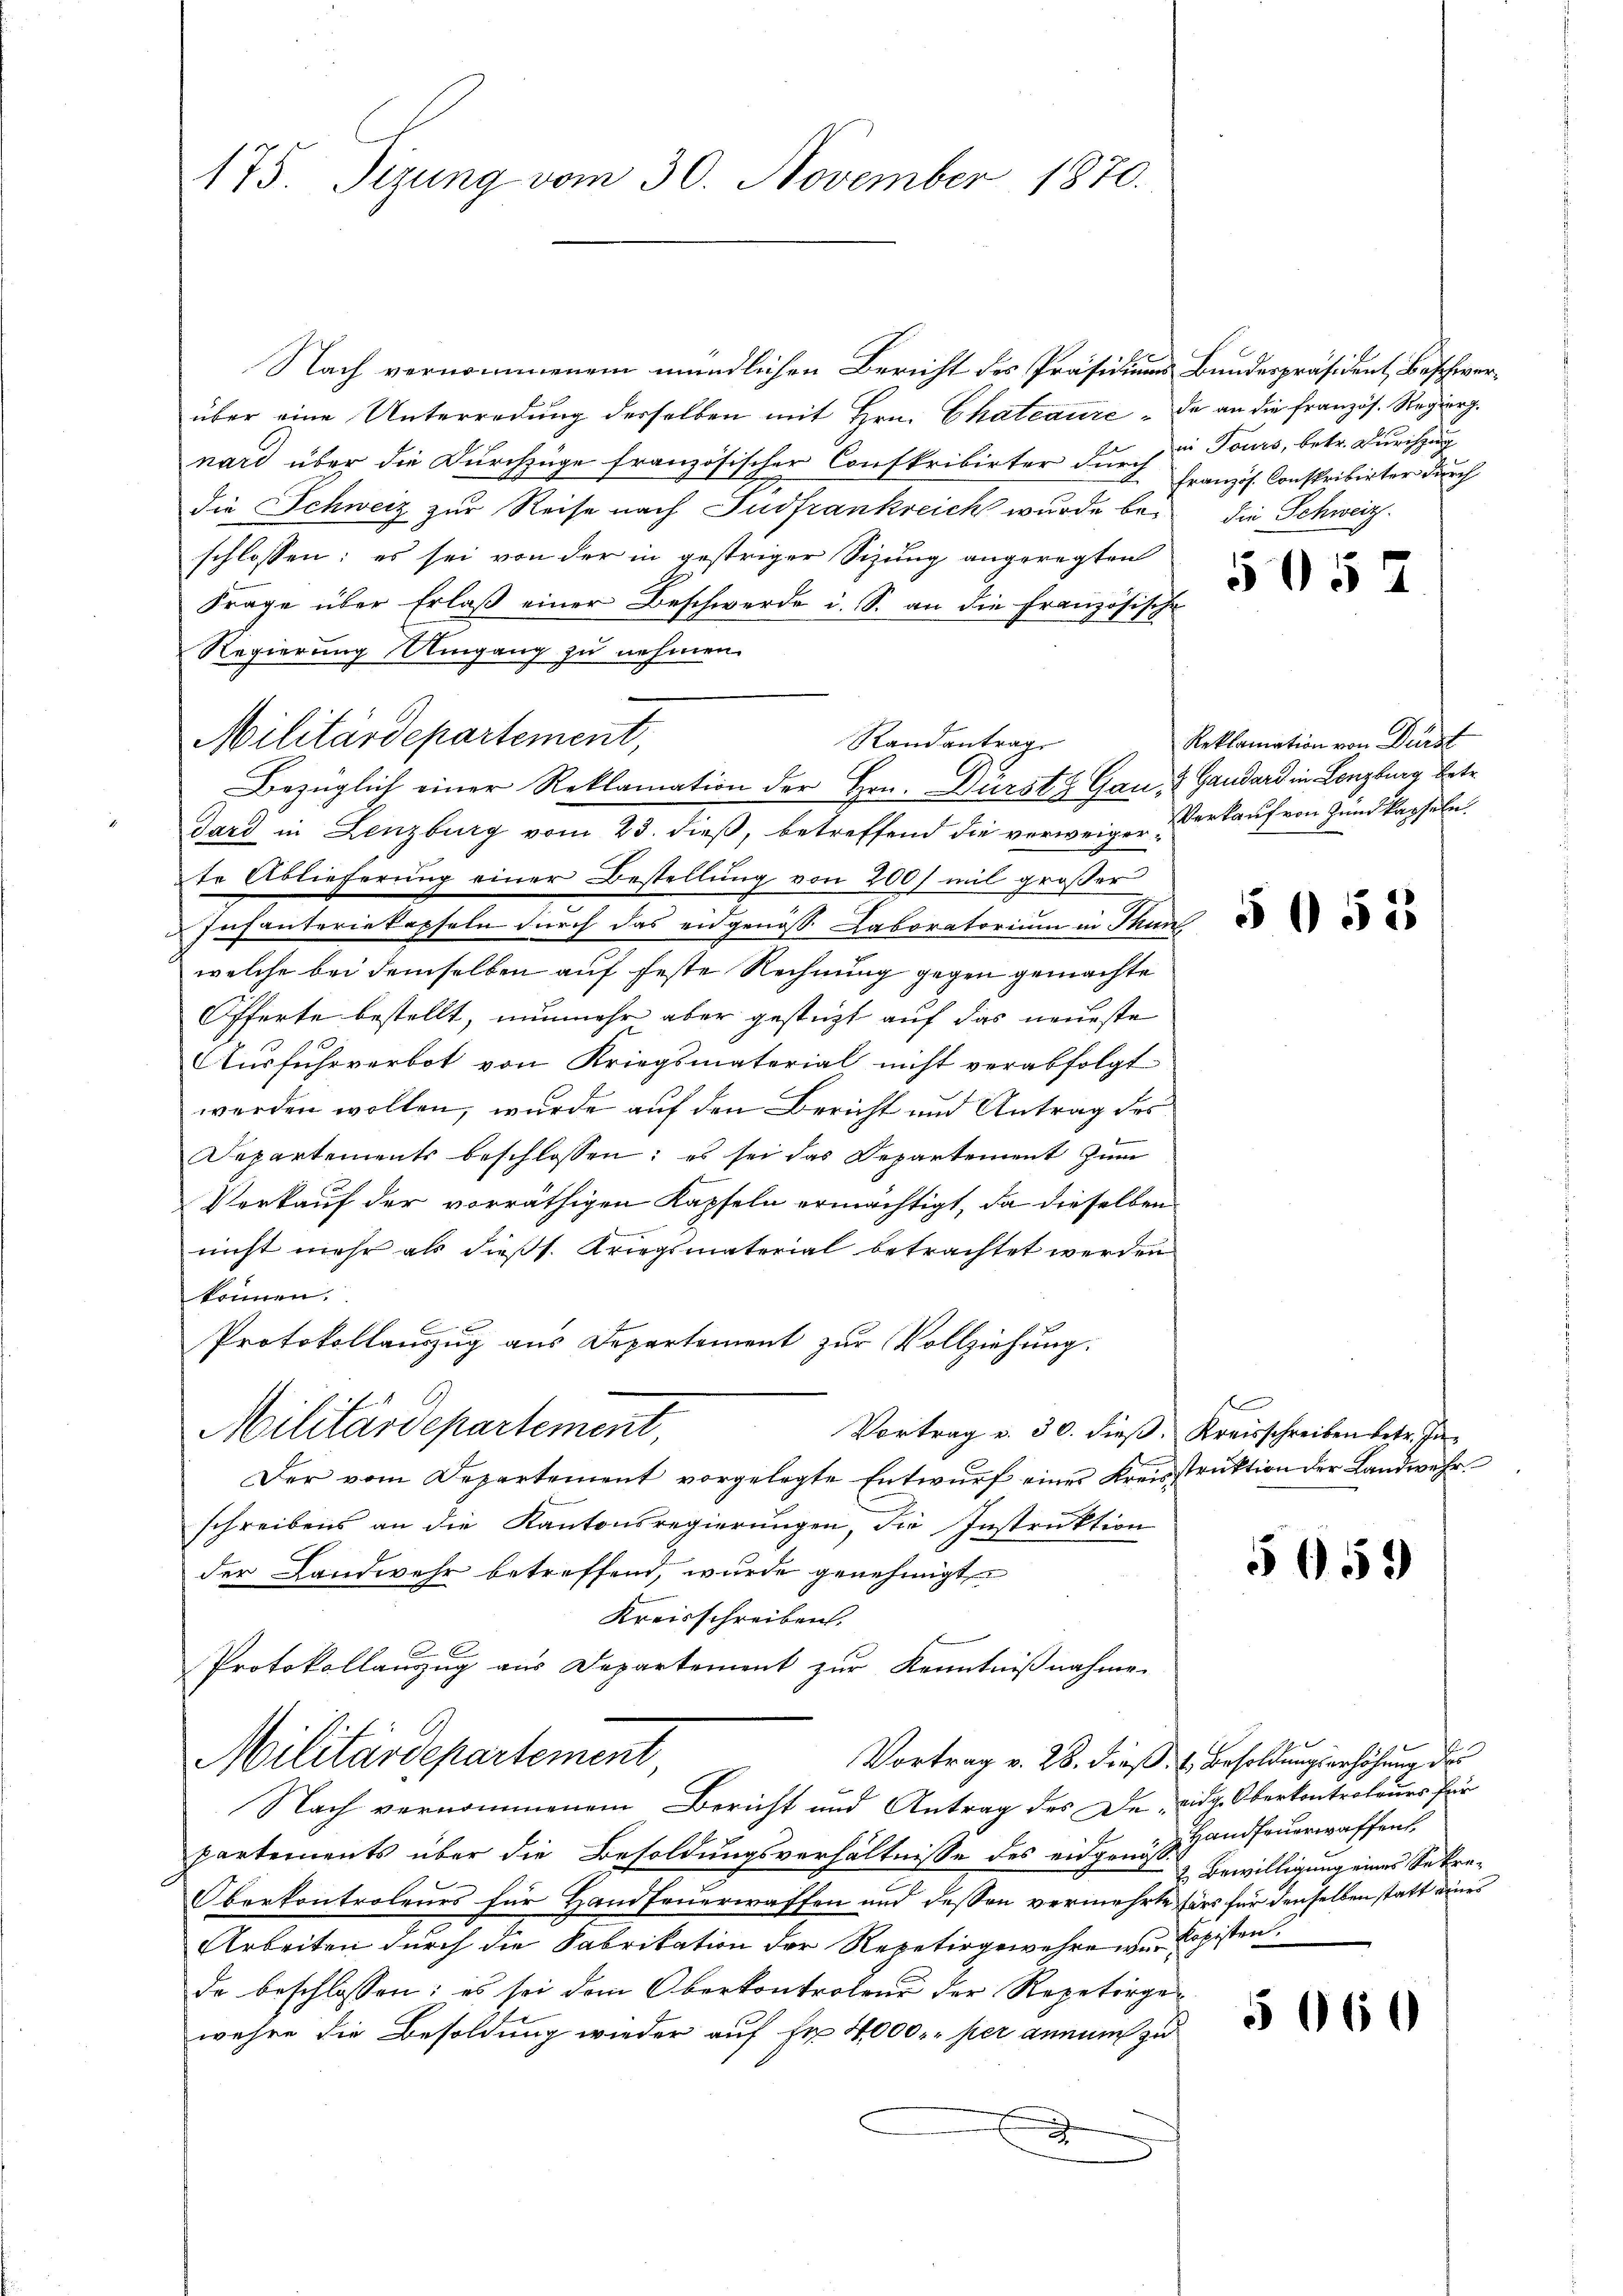
175. Tizung vom 30. November 1870.

Nach vernommenem mündlichen Bericht des Präsidiums Bundespräsident, Beschwerüber eine Unterredung derselben mit Hrn. Chateaure - da an die französ. Regierg.
nard über die Durchzüge französischer Conskribirter durch u. Tours, betr. Durchzug
die Schweiz zur Reise nach Südfrankreich wurde bei
schlossen: es sei von der in gestriger Sizung angeregten
Frage über Erlaβ einer Beschwerde i. S. an die Französische
Regierung Umgang zu nehmen.
Randantrag
dard in Lenzburg vom 23. dieß, betreffend die verweigen Verkauf von Zundkapseln.
te Ablieferung einer Bestellung von 200 f mit großer
Insanteriekapseln durch das eidgenöss. Laboratorium in Thunl
welche bei demselben auf feste Rechnung gegen gemachte
Offerte bestellt, nunmehr aber gestüzt auf das neueste
Ausfuhrverbot von Kriegsmaterial nicht verabfolgt
werden wollen, wurde auf den Bericht und Antrag des
Departements beschlossen: es sei das Departement zum
d
Verkauf der vorräthigen Kapfeln ermächtigt, da dieselben
nicht mehr als dießs. Kriegsmaterial betrachtet werden
können.
Protokollauszug aus Departement zur Vollziehung.
Militärdepartement,
Vortrag v. 30. dieß. Kreisschreiben betr. In¬
Der vom Departement vorgelegte Entwurf einer Kreisstruktion der Landwehr
schreibens an die Kantonsregierungen, die Instruktion
der Landwehr betreffend, wurde genehmigt
Kreisschreiben.
Protokollauszug aus Departement zur Kenntnißnahme.
Militärdepartement
Vortrag v. 28. dieß. l. Besoldungserhöhung des
Nach vernommenem Bericht und Antrag des De,- eidg. Oberkontroleurs für
partements über die Besoldungsverhältnisse des eidgen. Handfeuerwaffent¬
Oberkontroleurs für Handfeuerwaffen und dessen vermehrte Färs für denselben statt eines
Arbeiten durch die Fabrikation der Repetirgewehre wir Kopisten
de beschlossen: es sei dem Oberkontrolend der Repetirgen
wehre die Besoldung wieder auf Fr. 4000.- per annum zu
.

Militärdepartement,
Bezüglich einer Reklamation der Hrn. Dürst & Gau & Gaudard in Lenzburg betr

französ. Conskribirter durch
die Schweiz.

505

Reklamation von Dürst

E

559

19
2. Bewilligung eines Sekre¬

5060